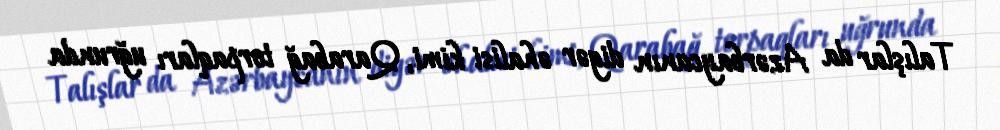
Talışlar da Azərbaycanın digər əhalisi kimi, Qarabağ torpaqları uğrunda